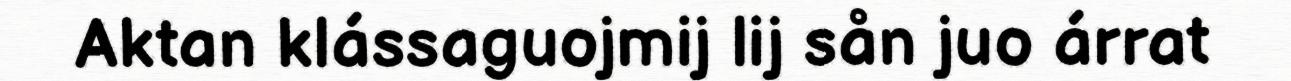
Aktan klássaguojmij lij sån juo árrat